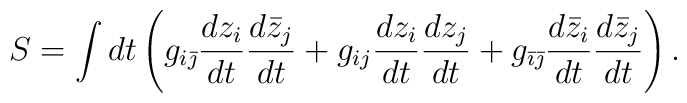
S=\int dt \left(g_{i\bar{\jmath}} {d z_{i}\over dt} {d \bar{z}_{j}\over dt}+g_{ij} {d z_{i}\over dt} {d z_{j}\over dt}+g_{\bar{\imath}\bar{\jmath}} {d \bar{z}_{i}\over dt} {d \bar{z}_{j}\over dt} \right).